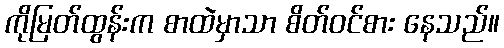
ကိုမြတ်ထွန်းက စာထဲမှာသာ စိတ်ဝင်စား နေသည်။